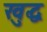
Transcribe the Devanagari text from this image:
खुद्ध